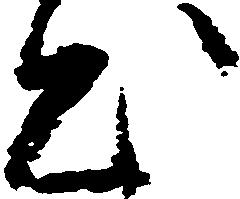
出